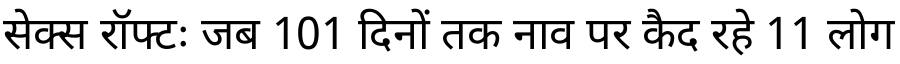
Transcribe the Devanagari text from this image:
सेक्स रॉफ्टः जब 101 दिनों तक नाव पर कैद रहे 11 लोग